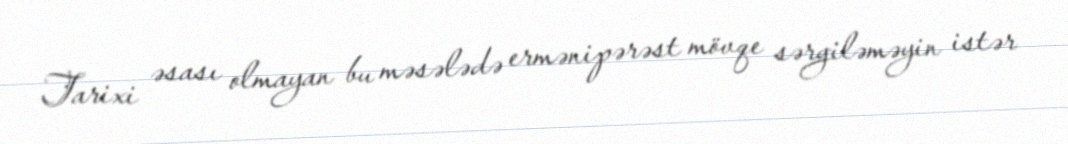
Tarixi əsası olmayan bu məsələdə ermənipərəst mövqe sərgiləməyin istər